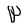
Character: P